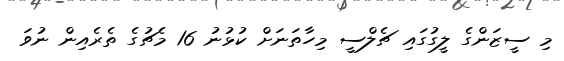
މި ސީޒަންގެ ލީގުގައި ޗެލްސީ މިހާތަނަށް ކުޅުނު 16 މެޗުގެ ތެރެއިން ނުވަ